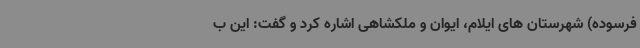
فرسوده) شهرستان های ایلام، ایوان و ملکشاهی اشاره کرد و گفت: این ب